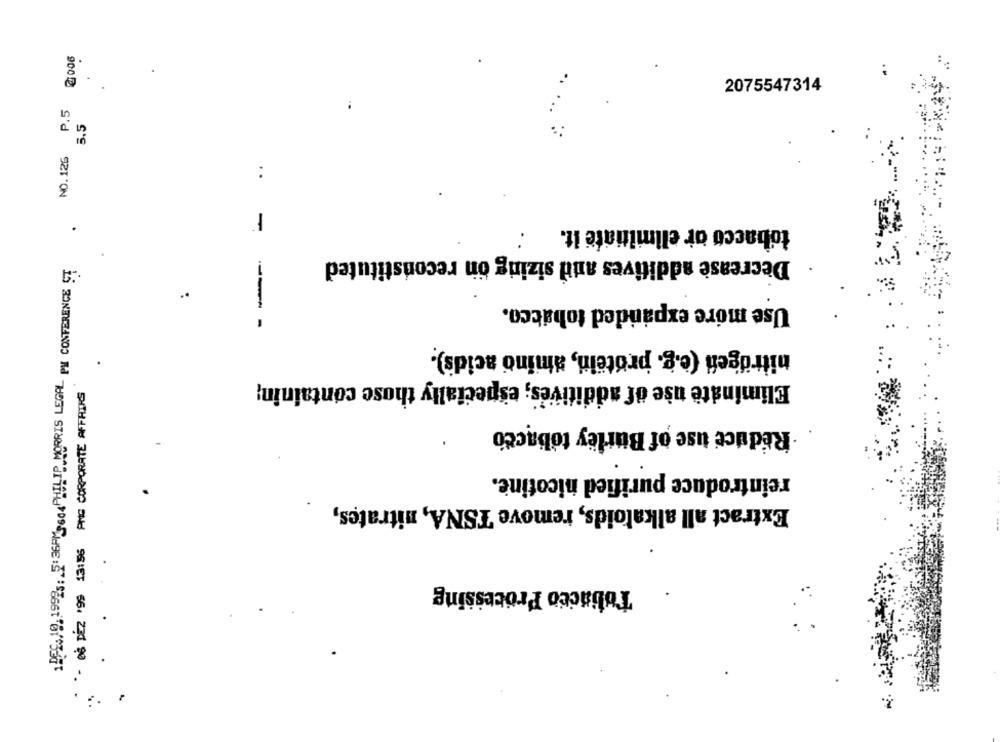
NO.126 P.5 @:006
.
2075547314
5.5
:
.
tobacco or eliminate it.
-
Decrease additives and sizing on reconstituted
1 DEC.19. 19923; 5:36PM3604 PHILIP MORRIS LEGAL PH CONFERENCE ST
.
Use more expanded tobacco.
1
nitrogen (e.g. protein, amino acids).
.
Eliminate use of additives; especially those containin;
- 08 DEZ 195 13:56 PMC CORPORATE AFFAIRS
Reduce use of Burley tobacco
reintroduce purified nicotine.
Extract all alkaloids, remove TSNA, nitrates,
Tobacco Processing